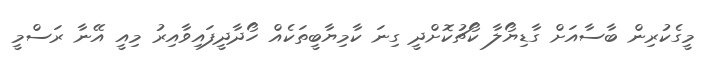
މީގެކުރިން ބާސާއަށް ގާޑިޔޯލާ ކޯޗުކޮށްދީ ގިނަ ކާމިޔާބީތަކެއް ހޯދާދީފައިވާއިރު މިއީ އޭނާ ރަސްމީ